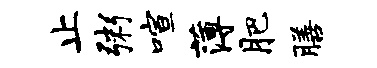
止粥喧薄肥膳